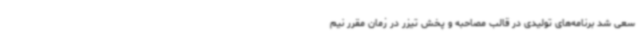
سعی شد برنامه‌های تولیدی در قالب مصاحبه و پخش تیزر در زمان مقرر نیم